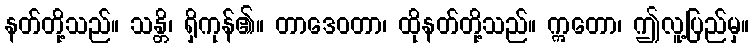
နတ်တို့သည်။ သန္တိ၊ ရှိကုန်၏။ တာဒေဝတာ၊ ထိုနတ်တို့သည်။ ဣတော၊ ဤလူ့ပြည်မှ။